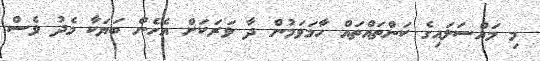
މި މައްސަލައިގެ ކަންތައްތައް ހާމަވަމުން ދާ ވަރަކަށް އެހެން ބަޔަކާ މެދު ވެސް